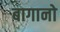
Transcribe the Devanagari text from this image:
बागानो